Vaccination in Bombay 1869-1873 - 1869-1873
Year: 1869
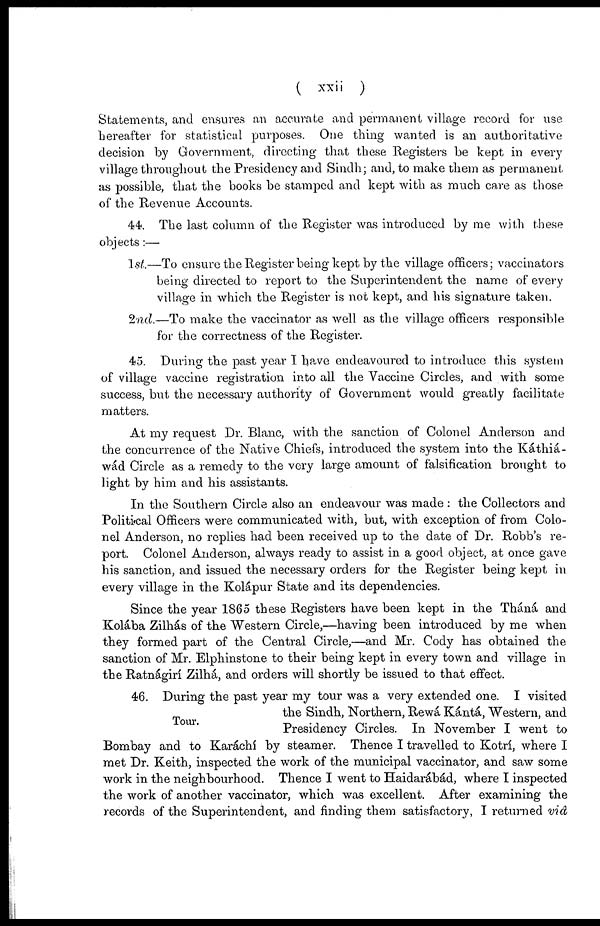
( xxii )
Statements, and ensures an accurate and permanent village record for use
hereafter for statistical purposes. One thing wanted is an authoritative
decision by Government, directing that these Registers be kept in every
village throughout the Presidency and Sindh; and, to make them as permanent
as possible, that the books be stamped and kept with as much care as those
of the Revenue Accounts.
44. The last column of the Register was introduced by me with these
objects:—
1st.—To ensure the Register being kept by the village officers; vaccinators
being directed to report to the Superintendent the name of every
village in which the Register is not kept, and his signature taken.
2nd.—To make the vaccinator as well as the village officers responsible
for the correctness of the Register.
45. During the past year I have endeavoured to introduce this system
of village vaccine registration into all the Vaccine Circles, and with some
success, but the necessary authority of Government would greatly facilitate
matters.
At my request Dr. Blanc, with the sanction of Colonel Anderson and
the concurrence of the Native Chiefs, introduced the system into the Káthiá-
wád Circle as a remedy to the very large amount of falsification brought to
light by him and his assistants.
In the Southern Circle also an endeavour was made: the Collectors and
Political Officers were communicated with, but, with exception of from Colo-
nel Anderson, no replies had been received up to the date of Dr. Robb's re-
port. Colonel Anderson, always ready to assist in a good object, at once gave
his sanction, and issued the necessary orders for the Register being kept in
every village in the Kolápur State and its dependencies.
Since the year 1865 these Registers have been kept in the Tháná and
Kolába Zilhás of the Western Circle,—having been introduced by me when
they formed part of the Central Circle,—and Mr. Cody has obtained the
sanction of Mr. Elphinstone to their being kept in every town and village in
the Ratnágirí Zilhá, and orders will shortly be issued to that effect.
Tour.
46. During the past year my tour was a very extended one. I visited
the Sindh, Northern, Rewá Kántá, Western, and
Presidency Circles. In November I went to
Bombay and to Karáchí by steamer. Thence I travelled to Kotrí, where I
met Dr. Keith, inspected the work of the municipal vaccinator, and saw some
work in the neighbourhood. Thence I went to Haidarábád, where I inspected
the work of another vaccinator, which was excellent. After examining the
records of the Superintendent, and finding them satisfactory, I returned viâ